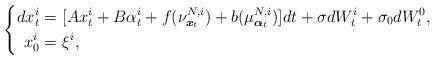
LaTeX: \begin{align*} \left\{ \begin{aligned}dx^i_t=&~[Ax^i_t+B\alpha^i_t+f(\nu^{N,i}_{\boldsymbol{x}_t})+b(\mu^{N,i}_{\boldsymbol{\alpha}_t})]dt+\sigma dW^i_t+\sigma_0dW^0_t,\\ x^i_0=&~\xi^i, \end{aligned} \right. \end{align*}